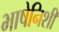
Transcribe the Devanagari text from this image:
भाषेनिशी